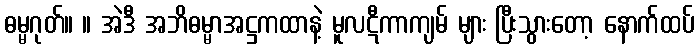
ဓမ္မဂုတ်။ ။ အဲဒီ အဘိဓမ္မာအဋ္ဌကထာနဲ့ မူလဋီကာကျမ် များ ပြီးသွားတော့ နောက်ထပ်